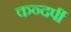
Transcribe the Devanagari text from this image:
कन्दर्पी